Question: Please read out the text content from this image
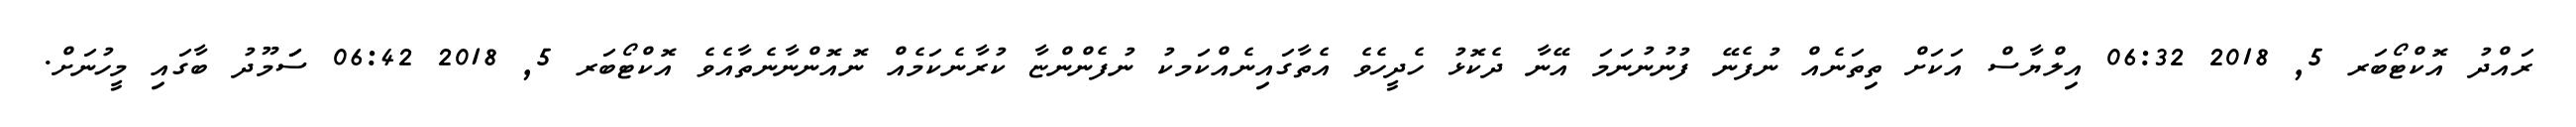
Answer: ރައްދު އޮކްޓޯބަރ 5, 2018 06:32 އިލްޔާސް އަކަށް ތިތަނެއް ނުފެނޭ ފުނުނުނަމަ އޭނާ ދެކޮޅު ހެދީހެވެ އެތާގައިނެއްކަމކު ނުފެންންޏާ ކުރާނެކަމެއް ނޮއޮންނާނެތާއެވެ އޮކްޓޯބަރ 5, 2018 06:42 ސަަމޫދު ބާގައި މީހުނަށް.